Malaria in India - Number 2
Disease focus: Malaria
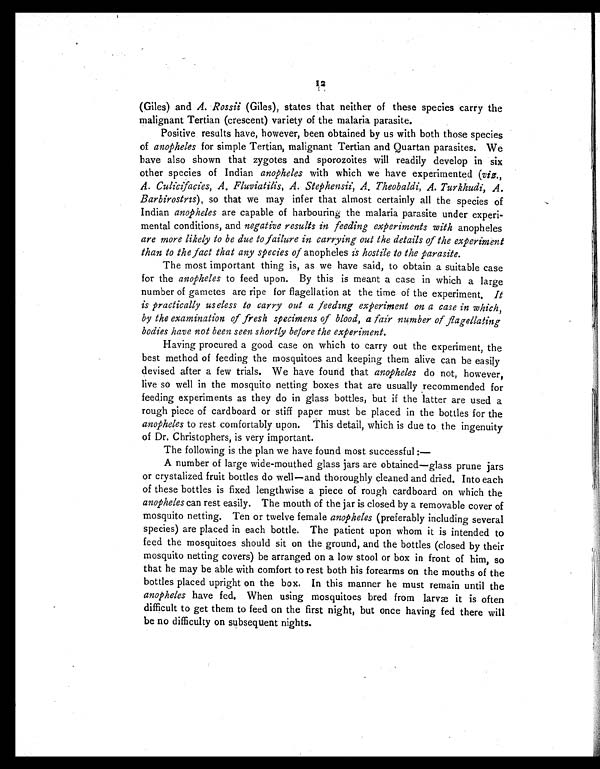
12
(Giles) and A. Rossii (Giles), states that neither of these species carry the
malignant Tertian (crescent) variety of the malaria parasite.
Positive results have, however, been obtained by us with both those species
of anopheles for simple Tertian, malignant Tertian and Quartan parasites. We
have also shown that zygotes and sporozoites will readily develop in six
other species of Indian anopheles with which we have experimented (viz.,
A. Culicifacies, A. Fluviatilis, A. Stephensii, A. Theobaldi, A. Turkhudi, A.
Barbirostris), so that we may infer that almost certainly all the species of
Indian anopheles are capable of harbouring the malaria parasite under experi-
mental conditions, and negative results in feeding experiments with anopheles
are more likely to be due to failure in carrying out the details of the experiment
than to the fact that any species of anopheles is hostile to the parasite.
The most important thing is, as we have said, to obtain a suitable case
for the anopheles to feed upon. By this is meant a case in which a large
number of gametes are ripe for flagellation at the time of the experiment. It
is practically useless to carry out a feeding experiment on a case in which,
by the examination of fresh specimens of blood, a fair number of flagellating
bodies have not been seen shortly before the experiment.
Having procured a good case on which to carry out the experiment, the
best method of feeding the mosquitoes and keeping them alive can be easily
devised after a few trials. We have found that anopheles do not, however,
live so well in the mosquito netting boxes that are usually recommended for
feeding experiments as they do in glass bottles, but if the latter are used a
rough piece of cardboard or stiff paper must be placed in the bottles for the
anopheles to rest comfortably upon. This detail, which is due to the ingenuity
of Dr. Christophers, is very important.
The following is the plan we have found most successful :—
A number of large wide-mouthed glass jars are obtained—glass prune jars
or crystalized fruit bottles do well—and thoroughly cleaned and dried. Into each
of these bottles is fixed lengthwise a piece of rough cardboard on which the
anopheles can rest easily. The mouth of the jar is closed by a removable cover of
mosquito netting. Ten or twelve female anopheles (preferably including several
species) are placed in each bottle. The patient upon whom it is intended to
feed the mosquitoes should sit on the ground, and the bottles (closed by their
mosquito netting covers) be arranged on a low stool or box in front of him, so
that he may be able with comfort to rest both his forearms on the mouths of the
bottles placed upright on the box. In this manner he must remain until the
anopheles have fed. When using mosquitoes bred from larvæ it is often
difficult to get them to feed on the first night, but once having fed there will
be no difficulty on subsequent nights.